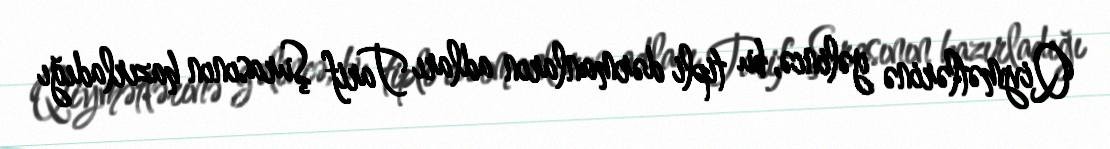
Qiymətlərinə gəlincə, bu tipli dərmanların adları Tarif Şurasının hazırladığı